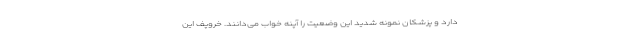
دارد و پزشکان نمونه شدید این وضعیت را آپنه خواب می‌دانند. خروپف این